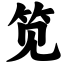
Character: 笕